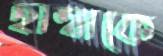
হাম্বাকে